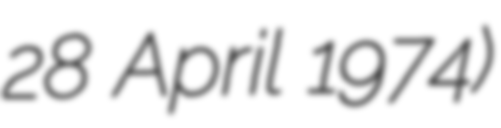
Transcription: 28 April 1974)